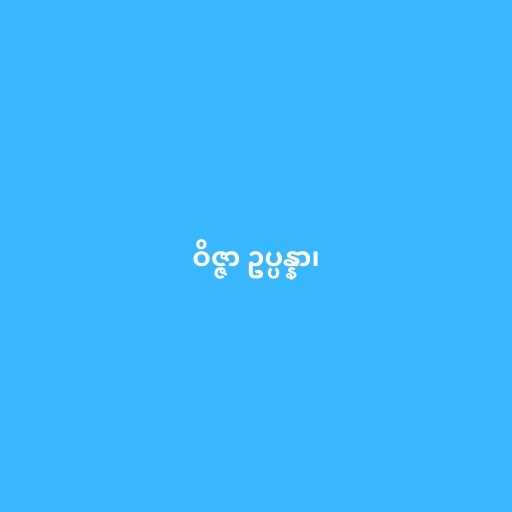
ဝိဇ္ဇာ ဥပ္ပန္နာ၊